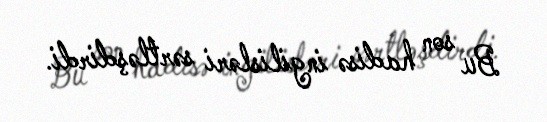
Bu son hadisə ingilisləri sərtləşdirdi.